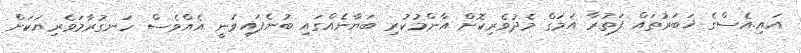
އައި.އެސްގެ ޚަބަރުތައް ފަތުރާ އަމަގް މެދުވެރިކޮށް އާންމުކުރި ބަޔާނެއްގައި ބުނެފައިވަނީ އެއްވެސް ހަނގުރާމަވެރިޔަކަށް